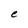
Character: e